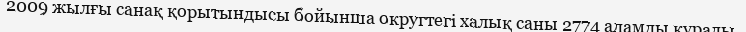
2009 жылғы санақ қорытындысы бойынша округтегі халық саны 2774 адамды құрады.